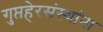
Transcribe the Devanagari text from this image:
गुप्तहेरसंस्थांना